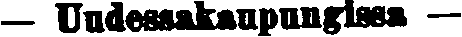
— Uudessakaupungissa —